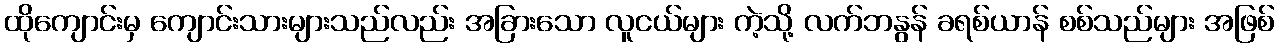
ထိုကျောင်းမှ ကျောင်းသားများသည်လည်း အခြားသော လူငယ်များ ကဲ့သို့ လက်ဘနွန် ခရစ်ယာန် စစ်သည်များ အဖြစ်